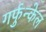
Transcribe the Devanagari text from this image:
गर्फुन्केल